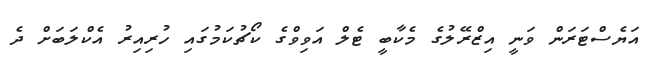
އަޔެސްޓަރަން ވަނީ އިޒްރޭލުގެ މެކާބީ ޓެލް އަވިވްގެ ކޯޗުކަމުގައި ހުރިއިރު އެކްލަބަށް ދެ